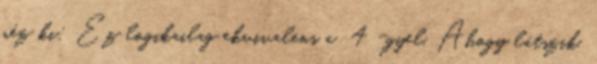
néz ki: Ez logikailag ekvivalens a 4 -gyel. Ahogy látszik,